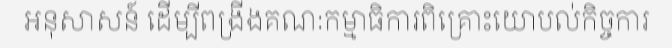
អនុសាសន៍ ដើម្បីពង្រីងគណៈកម្មាធិការពិគ្រោះយោបល់កិច្ចការ